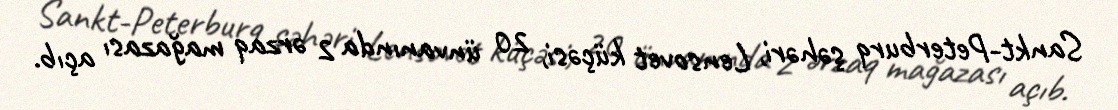
Sankt-Peterburq şəhəri, Lensovet küçəsi, 20 ünvanında 2 ərzaq mağazası açıb.